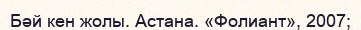
Бәй кен жолы. Астана. «Фолиант», 2007;